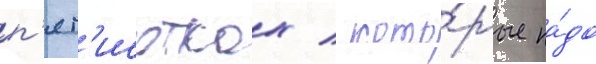
п'ят'исотках / кото́рые на́до